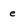
Character: e